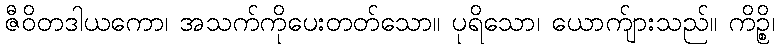
ဇီဝိတဒါယကော၊ အသက်ကိုပေးတတ်သော။ ပုရိသော၊ ယောက်ျားသည်။ ကိဉ္စိ၊